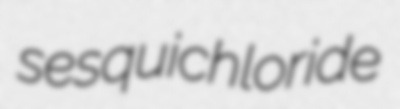
sesquichloride